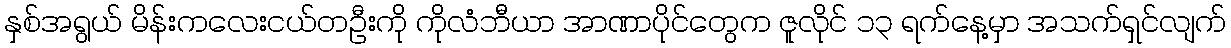
နှစ်အရွယ် မိန်းကလေးငယ်တဦးကို ကိုလံဘီယာ အာဏာပိုင်တွေက ဇူလိုင် ၁၃ ရက်နေ့မှာ အသက်ရှင်လျက်